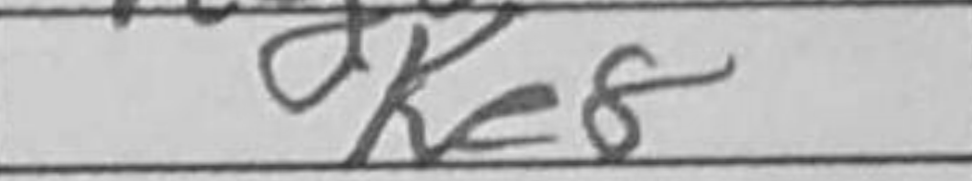
Transcription: Ke8